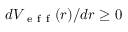
d V _ { \mathrm { ~ e ~ f ~ f ~ } } ( r ) / d r \ge 0